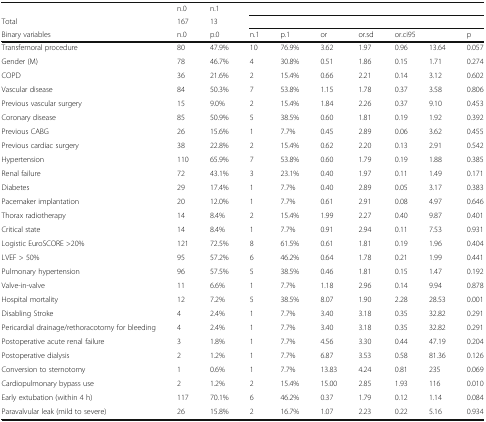
<table><thead><tr><td></td><td><b>n.0</b></td><td><b>n.1</b></td><td colspan="7"></td></tr><tr><td><b>Total</b></td><td><b>167</b></td><td><b>13</b></td><td colspan="7"></td></tr><tr><td><b>Binary variables</b></td><td><b>n.0</b></td><td><b>p.0</b></td><td><b>n.1</b></td><td><b>p.1</b></td><td><b>or</b></td><td><b>or.sd</b></td><td colspan="2"><b>or.ci95</b></td><td><b>p</b></td></tr></thead><tbody><tr><td>Transfemoral procedure</td><td>80</td><td>47.9%</td><td>10</td><td>76.9%</td><td>3.62</td><td>1.97</td><td>0.96</td><td>13.64</td><td>0.057</td></tr><tr><td>Gender (M)</td><td>78</td><td>46.7%</td><td>4</td><td>30.8%</td><td>0.51</td><td>1.86</td><td>0.15</td><td>1.71</td><td>0.274</td></tr><tr><td>COPD</td><td>36</td><td>21.6%</td><td>2</td><td>15.4%</td><td>0.66</td><td>2.21</td><td>0.14</td><td>3.12</td><td>0.602</td></tr><tr><td>Vascular disease</td><td>84</td><td>50.3%</td><td>7</td><td>53.8%</td><td>1.15</td><td>1.78</td><td>0.37</td><td>3.58</td><td>0.806</td></tr><tr><td>Previous vascular surgery</td><td>15</td><td>9.0%</td><td>2</td><td>15.4%</td><td>1.84</td><td>2.26</td><td>0.37</td><td>9.10</td><td>0.453</td></tr><tr><td>Coronary disease</td><td>85</td><td>50.9%</td><td>5</td><td>38.5%</td><td>0.60</td><td>1.81</td><td>0.19</td><td>1.92</td><td>0.392</td></tr><tr><td>Previous CABG</td><td>26</td><td>15.6%</td><td>1</td><td>7.7%</td><td>0.45</td><td>2.89</td><td>0.06</td><td>3.62</td><td>0.455</td></tr><tr><td>Previous cardiac surgery</td><td>38</td><td>22.8%</td><td>2</td><td>15.4%</td><td>0.62</td><td>2.20</td><td>0.13</td><td>2.91</td><td>0.542</td></tr><tr><td>Hypertension</td><td>110</td><td>65.9%</td><td>7</td><td>53.8%</td><td>0.60</td><td>1.79</td><td>0.19</td><td>1.88</td><td>0.385</td></tr><tr><td>Renal failure</td><td>72</td><td>43.1%</td><td>3</td><td>23.1%</td><td>0.40</td><td>1.97</td><td>0.11</td><td>1.49</td><td>0.171</td></tr><tr><td>Diabetes</td><td>29</td><td>17.4%</td><td>1</td><td>7.7%</td><td>0.40</td><td>2.89</td><td>0.05</td><td>3.17</td><td>0.383</td></tr><tr><td>Pacemaker implantation</td><td>20</td><td>12.0%</td><td>1</td><td>7.7%</td><td>0.61</td><td>2.91</td><td>0.08</td><td>4.97</td><td>0.646</td></tr><tr><td>Thorax radiotherapy</td><td>14</td><td>8.4%</td><td>2</td><td>15.4%</td><td>1.99</td><td>2.27</td><td>0.40</td><td>9.87</td><td>0.401</td></tr><tr><td>Critical state</td><td>14</td><td>8.4%</td><td>1</td><td>7.7%</td><td>0.91</td><td>2.94</td><td>0.11</td><td>7.53</td><td>0.931</td></tr><tr><td>Logistic EuroSCORE &gt;20%</td><td>121</td><td>72.5%</td><td>8</td><td>61.5%</td><td>0.61</td><td>1.81</td><td>0.19</td><td>1.96</td><td>0.404</td></tr><tr><td>LVEF &gt; 50%</td><td>95</td><td>57.2%</td><td>6</td><td>46.2%</td><td>0.64</td><td>1.78</td><td>0.21</td><td>1.99</td><td>0.441</td></tr><tr><td>Pulmonary hypertension</td><td>96</td><td>57.5%</td><td>5</td><td>38.5%</td><td>0.46</td><td>1.81</td><td>0.15</td><td>1.47</td><td>0.192</td></tr><tr><td>Valve-in-valve</td><td>11</td><td>6.6%</td><td>1</td><td>7.7%</td><td>1.18</td><td>2.96</td><td>0.14</td><td>9.94</td><td>0.878</td></tr><tr><td>Hospital mortality</td><td>12</td><td>7.2%</td><td>5</td><td>38.5%</td><td>8.07</td><td>1.90</td><td>2.28</td><td>28.53</td><td>0.001</td></tr><tr><td>Disabling Stroke</td><td>4</td><td>2.4%</td><td>1</td><td>7.7%</td><td>3.40</td><td>3.18</td><td>0.35</td><td>32.82</td><td>0.291</td></tr><tr><td>Pericardial drainage/rethoracotomy for bleeding</td><td>4</td><td>2.4%</td><td>1</td><td>7.7%</td><td>3.40</td><td>3.18</td><td>0.35</td><td>32.82</td><td>0.291</td></tr><tr><td>Postoperative acute renal failure</td><td>3</td><td>1.8%</td><td>1</td><td>7.7%</td><td>4.56</td><td>3.30</td><td>0.44</td><td>47.19</td><td>0.204</td></tr><tr><td>Postoperative dialysis</td><td>2</td><td>1.2%</td><td>1</td><td>7.7%</td><td>6.87</td><td>3.53</td><td>0.58</td><td>81.36</td><td>0.126</td></tr><tr><td>Conversion to sternotomy</td><td>1</td><td>0.6%</td><td>1</td><td>7.7%</td><td>13.83</td><td>4.24</td><td>0.81</td><td>235</td><td>0.069</td></tr><tr><td>Cardiopulmonary bypass use</td><td>2</td><td>1.2%</td><td>2</td><td>15.4%</td><td>15.00</td><td>2.85</td><td>1.93</td><td>116</td><td>0.010</td></tr><tr><td>Early extubation (within 4 h)</td><td>117</td><td>70.1%</td><td>6</td><td>46.2%</td><td>0.37</td><td>1.79</td><td>0.12</td><td>1.14</td><td>0.084</td></tr><tr><td>Paravalvular leak (mild to severe)</td><td>26</td><td>15.8%</td><td>2</td><td>16.7%</td><td>1.07</td><td>2.23</td><td>0.22</td><td>5.16</td><td>0.934</td></tr></tbody></table>